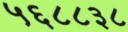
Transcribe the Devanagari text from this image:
५६८८३८